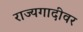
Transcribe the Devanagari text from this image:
राज्यगादीवर